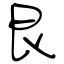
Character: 艮